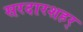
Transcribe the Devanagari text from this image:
सरदारशहर्